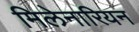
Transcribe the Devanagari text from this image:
मिलेनारियन